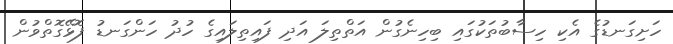
ހަށިގަނޑުގެ އެކި ހިސާބުތަކުގައި ބިހިނެގުން އަތްތިލަ އަދި ފައިތިލައިގެ ހުދު ހަންގަނޑު ފޮޅޭގޮތްވުން